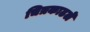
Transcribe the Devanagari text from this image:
चित्रकाढले